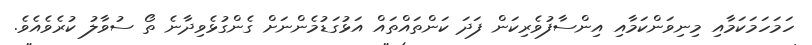
ހަމަހަމަކަމާއި މިނިވަންކަމާއި އިންސާފުވެރިކަން ފަދަ ކަންތައްތައް އަޅުގަޑުމެންނަށް ގެންގުޅެވިދާނެ ތޯ ސުވާލު ކުރެވެއެވެ.